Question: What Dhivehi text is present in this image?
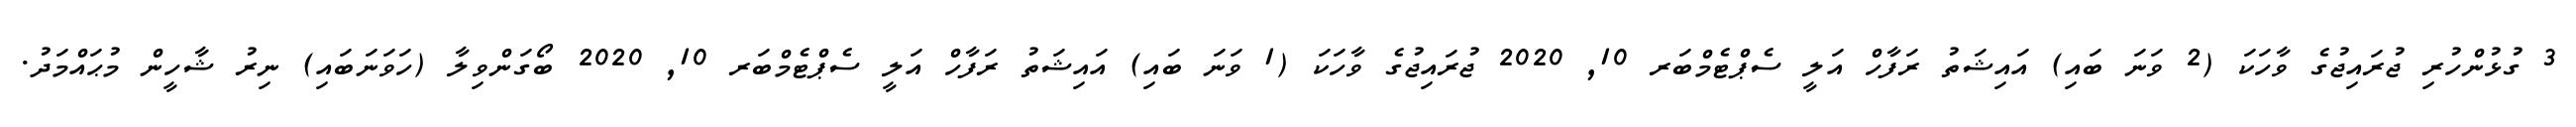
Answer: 3 ގުޅުންހުރި ޖުރައިޖުގެ ވާހަކަ (2 ވަނަ ބައި) އައިޝަތު ރަފާހް އަލީ ސެޕްޓެމްބަރ 10, 2020 ޖުރައިޖުގެ ވާހަކަ (1 ވަނަ ބައި) އައިޝަތު ރަފާހް އަލީ ސެޕްޓެމްބަރ 10, 2020 ބޯގަންވިލާ (ހަވަނަބައި) ނިރު ޝާހީން މުޙައްމަދު.